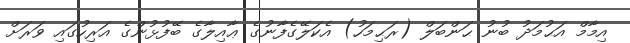
އިމާމް އަޙުމަދު ބުނު ޙަންބަލް (ރަޙިމަހު) އެކަލޭގެފާނުގެ ޢާއިލާގެ ބޭފުޅުންގެ އަރިހުގައި ވަރަށް